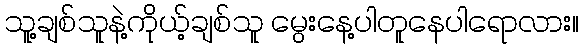
သူ့ချစ်သူနဲ့ကိုယ့်ချစ်သူ မွေးနေ့ပါတူနေပါရောလား။